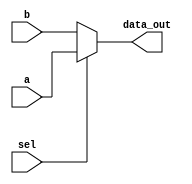
module mux_2by1
(
    input [63:0] a, b,
    input sel,
    output [63:0] data_out   
);

assign data_out = sel ? a : b;


endmodule